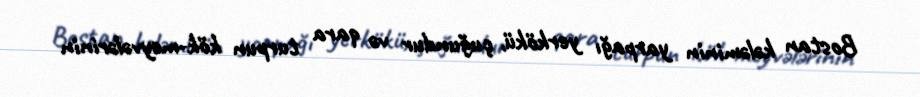
Bostan kələminin yarpağı yerkökü, çuğundur və qara turpun kök-meyvələrinin